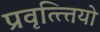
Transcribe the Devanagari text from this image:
प्रवृत्त्त्तियो